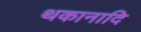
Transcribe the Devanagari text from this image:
थकानादि